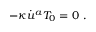
- \kappa \dot { u } ^ { a } T _ { 0 } = 0 ~ .